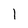
Character: l